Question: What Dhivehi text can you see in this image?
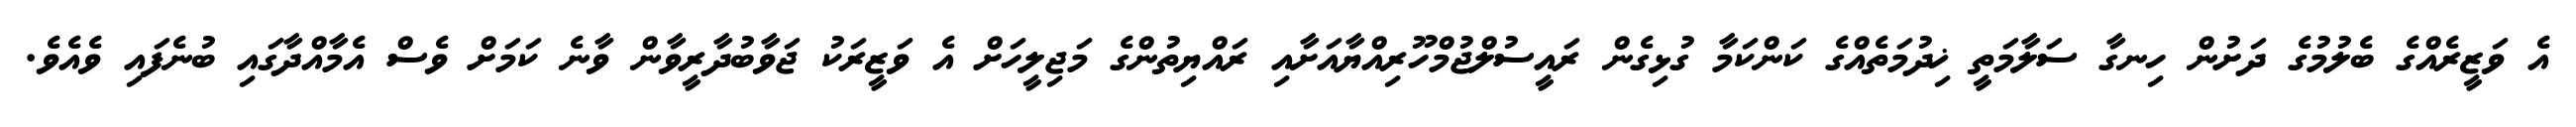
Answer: އެ ވަޒީރެއްގެ ބެލުމުގެ ދަށުން ހިނގާ ސަލާމަތީ ޚިދުމަތެއްގެ ކަންކަމާ ގުޅިގެން ރައީސުލްޖުމްހޫރިއްޔާއަށާއި ރައްޔިތުންގެ މަޖިލީހަށް އެ ވަޒީރަކު ޖަވާބުދާރީވާން ވާނެ ކަމަށް ވެސް އެމާއްދާގައި ބުނެފައި ވެއެވެ.